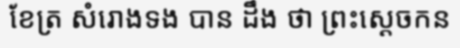
ខែត្រ សំរោងទង បាន ដឹង ថា ព្រះស្តេចកន